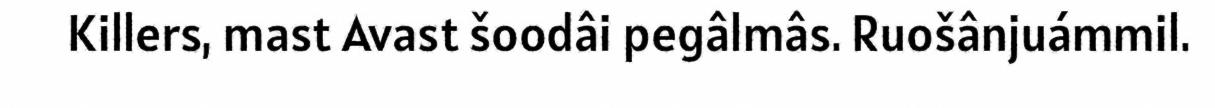
Killers, mast Avast šoodâi pegâlmâs. Ruošânjuámmil.